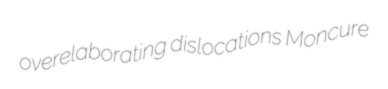
overelaborating dislocations Moncure